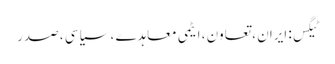
ٹیگس: ایران ، تعاون ، ایٹمی معاہدے ، سیاسی ، صدر